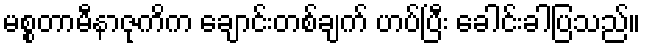
မစ္စတာမီနာဇုကိက ချောင်းတစ်ချက် ဟပ်ပြီး ခေါင်းခါပြသည်။